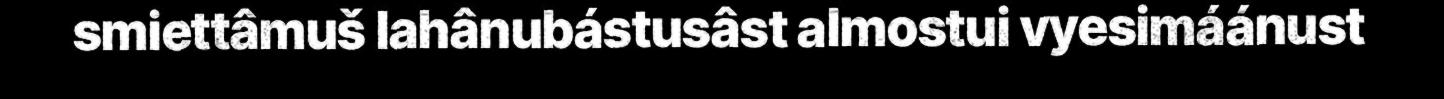
smiettâmuš lahânubástusâst almostui vyesimáánust